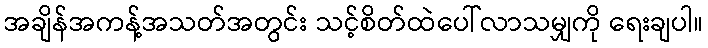
အချိန်အကန့်အသတ်အတွင်း သင့်စိတ်ထဲပေါ်လာသမျှကို ရေးချပါ။